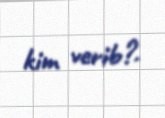
kim verib?.